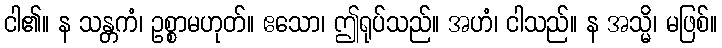
ငါ၏။ န သန္တကံ၊ ဥစ္စာမဟုတ်။ ဧသော၊ ဤရုပ်သည်။ အဟံ၊ ငါသည်။ န အသ္မိ၊ မဖြစ်။